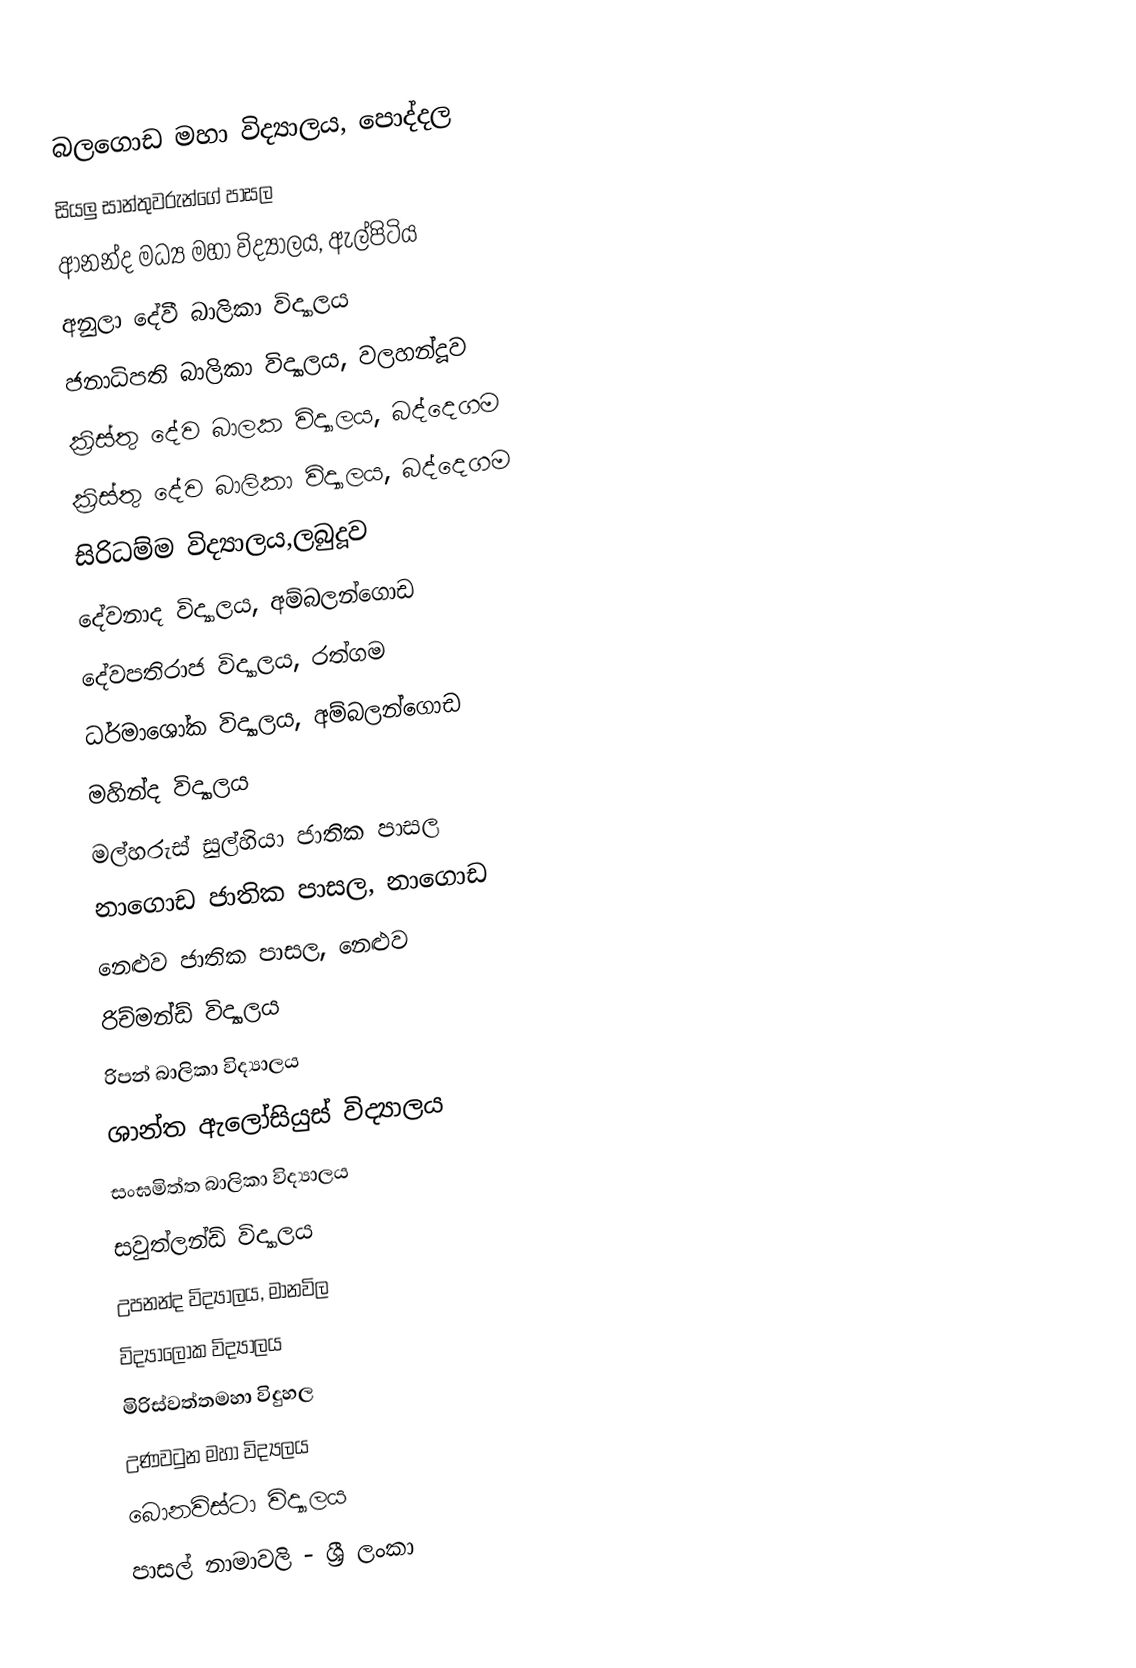
බලගොඩ මහා විද්‍යාලය, පොද්දල
 සියලු සාන්තුවරුන්ගේ පාසල
 ආනන්ද  මධ්‍ය මහා විද්‍යාලය, ඇල්පිටිය
 අනුලා දේවී බාලිකා විද්‍යාලය
 ජනාධිපති බාලිකා විද්‍යාලය, වලහන්දූව
 ක්‍රිස්තු දේව බාලක විද්‍යාලය, බද්දෙගම
 ක්‍රිස්තු දේව බාලිකා විද්‍යාලය, බද්දෙගම
 සිරිධම්ම විද්‍යාලය,ලබුදූව
 දේවනාද විද්‍යාලය, අම්බලන්ගොඩ
 දේවපතිරාජ විද්‍යාලය, රත්ගම
 ධර්මාශෝක විද්‍යාලය, අම්බලන්ගොඩ
 මහින්ද විද්‍යාලය
 මල්හරුස් සුල්හියා ජාතික පාසල
 නාගොඩ ජාතික පාසල, නාගොඩ
 නෙළුව ජාතික පාසල, නෙළුව
 රිච්මන්ඩ් විද්‍යාලය
 රිපන් බාලිකා විද්‍යාලය
 ශාන්ත ඇලෝසියුස් විද්‍යාලය
 සංඝමිත්ත බාලිකා විද්‍යාලය
 සවුත්ලන්ඩ් විද්‍යාලය
 උපනන්ද විද්‍යාලය, මානවිල
 විද්‍යාලෝක විද්‍යාලය
 මිරිස්වත්තමහා  විදුහල
 උණවටුන මහා විද්‍යලය
 බොනවිස්ටා විද්‍යාලය
පාසල් නාමාවලි - ශ්‍රී ලංකා